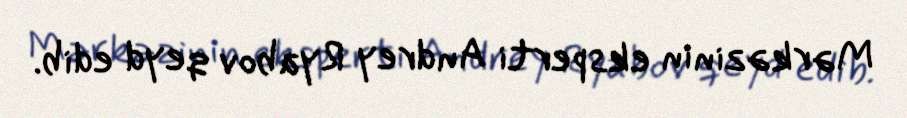
Mərkəzinin eksperti Andrey Ryabov qeyd edib.